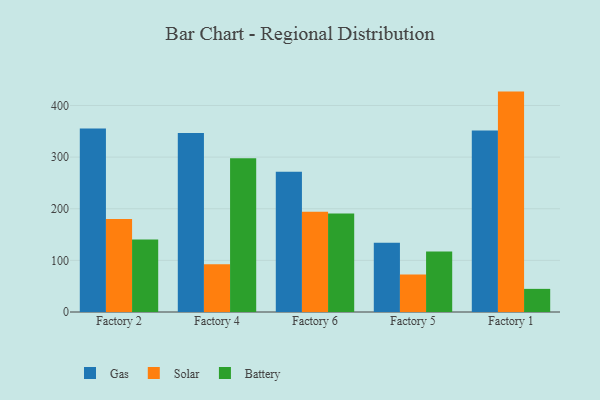
{"axis": {"x": "Factory", "y": "Demand Index"}, "legend": ["Battery", "Gas", "Solar"], "data": [{"x": "Factory 2", "y": 355.2, "type": "Gas"}, {"x": "Factory 2", "y": 180.2, "type": "Solar"}, {"x": "Factory 2", "y": 140.5, "type": "Battery"}, {"x": "Factory 4", "y": 346.5, "type": "Gas"}, {"x": "Factory 4", "y": 92.3, "type": "Solar"}, {"x": "Factory 4", "y": 297.6, "type": "Battery"}, {"x": "Factory 6", "y": 271.8, "type": "Gas"}, {"x": "Factory 6", "y": 194.3, "type": "Solar"}, {"x": "Factory 6", "y": 190.8, "type": "Battery"}, {"x": "Factory 5", "y": 134.1, "type": "Gas"}, {"x": "Factory 5", "y": 72.4, "type": "Solar"}, {"x": "Factory 5", "y": 117.3, "type": "Battery"}, {"x": "Factory 1", "y": 351.4, "type": "Gas"}, {"x": "Factory 1", "y": 426.9, "type": "Solar"}, {"x": "Factory 1", "y": 44.8, "type": "Battery"}]}